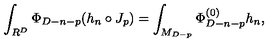
\int _ { R ^ { D } } \Phi _ { D - n - p } ( h _ { n } \circ J _ { p } ) = \int _ { M _ { D - p } } \Phi _ { D - n - p } ^ { ( 0 ) } h _ { n } ,